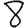
Digit: 8